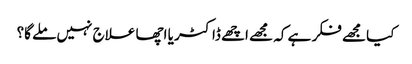
کیا مجھے فکر ہے کہ مجھے اچھے ڈاکٹر یا اچھا علاج نہیں ملے گا؟